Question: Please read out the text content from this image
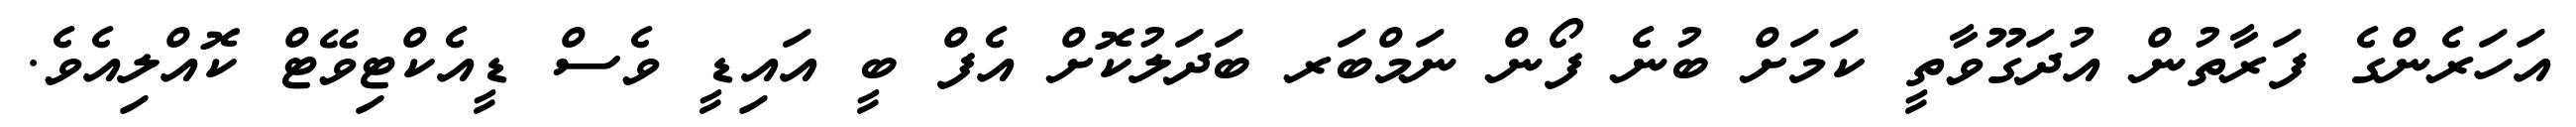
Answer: އަހަރެންގެ ފަރާތުން އުދަގޫވާތީ ކަމަށް ބުނެ ފޯން ނަމްބަރ ބަދަލުކޮށް އެފް ބީ އައިޑީ ވެސް ޑީއެކްޓިވޭޓް ކޮއްލިއެވެ.